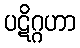
ပဋိဂ္ဂဟာ